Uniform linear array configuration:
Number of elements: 32
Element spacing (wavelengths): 0.5
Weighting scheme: cosine
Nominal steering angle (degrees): -45
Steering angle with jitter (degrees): -43.625
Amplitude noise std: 0.05
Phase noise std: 0.05

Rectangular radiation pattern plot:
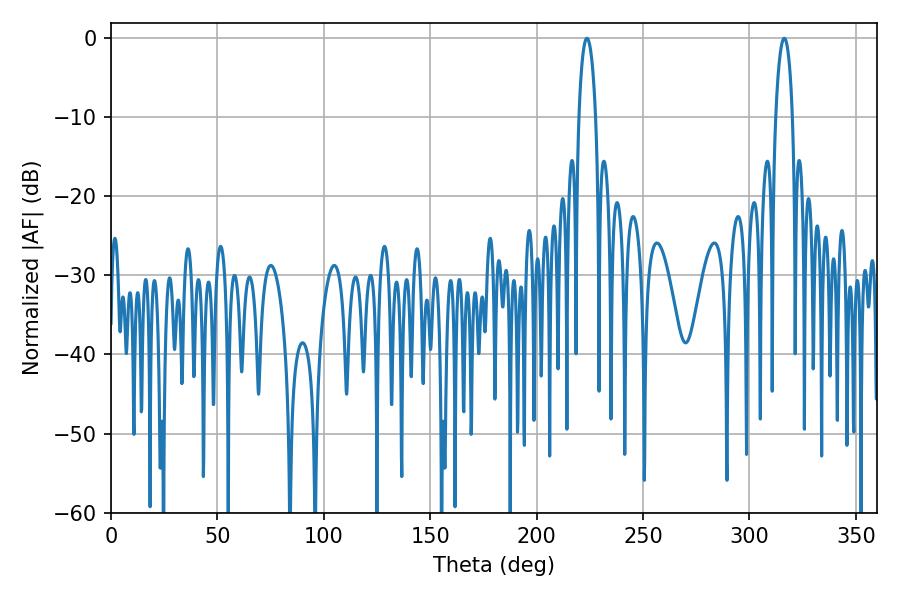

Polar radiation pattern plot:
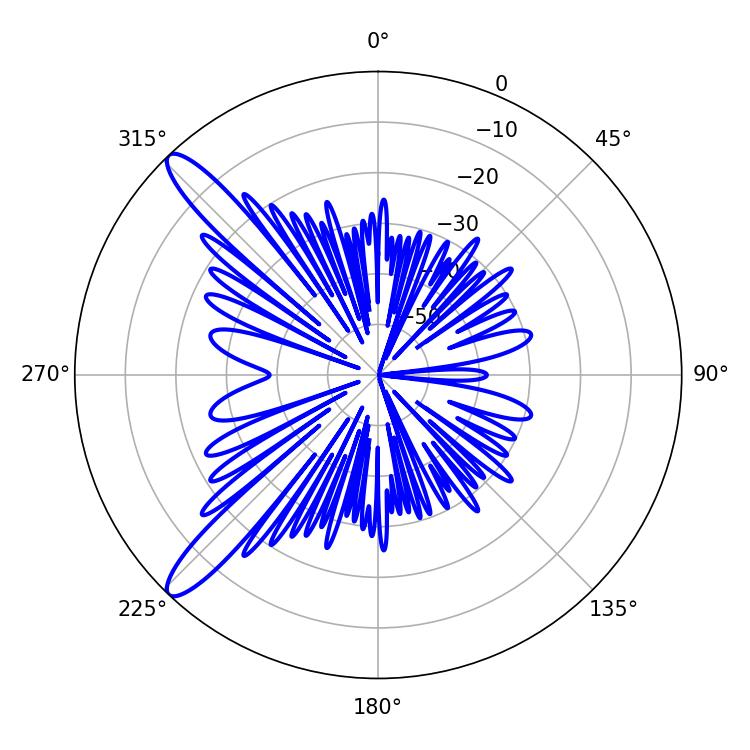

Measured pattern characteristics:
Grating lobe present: FALSE
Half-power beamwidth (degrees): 4.5
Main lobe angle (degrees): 223.56